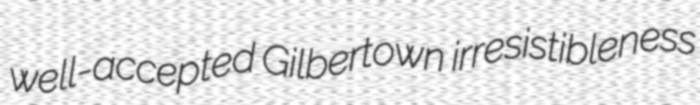
well-accepted Gilbertown irresistibleness